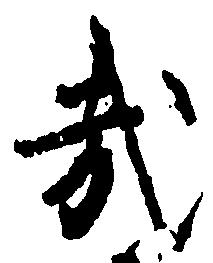
哉